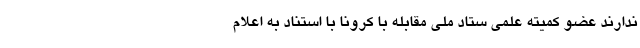
ندارند عضو کمیته علمی ستاد ملی مقابله با کرونا با استناد به اعلام